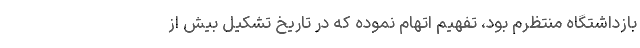
بازداشتگاه منتظرم بود، تفهیم اتهام نموده که در تاریخ تشکیل بیش از